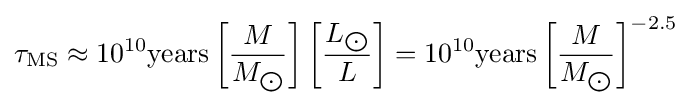
\tau _{\text{MS}}\approx 10^{10}{\text{years}}\left[{\frac {M}{M_{\bigodot }}}\right]\left[{\frac {L_{\bigodot }}{L}}\right]=10^{10}{\text{years}}\left[{\frac {M}{M_{\bigodot }}}\right]^{-2.5}